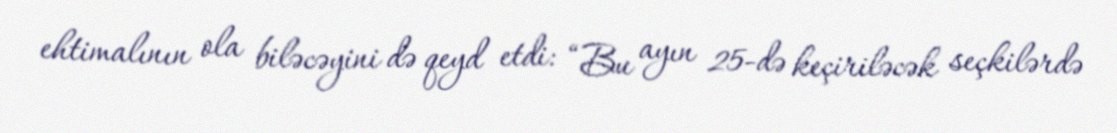
ehtimalının ola biləcəyini də qeyd etdi: “Bu ayın 25-də keçiriləcək seçkilərdə